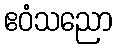
ဧဝံသညော